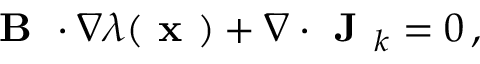
\begin{array} { r } { \textbf { B } \cdot \nabla \lambda ( \textbf { x } ) + \nabla \cdot \textbf { J } _ { k } = 0 \, , } \end{array}